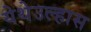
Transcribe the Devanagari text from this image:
येथेउल्हास